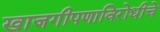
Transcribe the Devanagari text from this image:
खाजगीपणाविरोधीचे